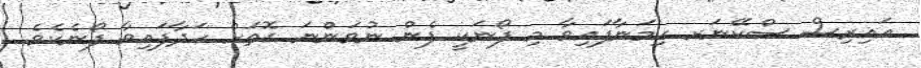
އައިރިސް ސްކޭނަރ ހިމަނާފައިވާ މި ފޯނަކީ ފެން ނުވަންނަ ގޮތަށް ހަދާފައިވާ ފޯނެކެވެ.